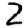
Digit: 2